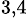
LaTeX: ^{3,4}